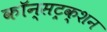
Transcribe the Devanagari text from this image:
कॉन्सट्रक्शन